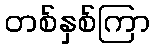
တစ်နှစ်ကြာ